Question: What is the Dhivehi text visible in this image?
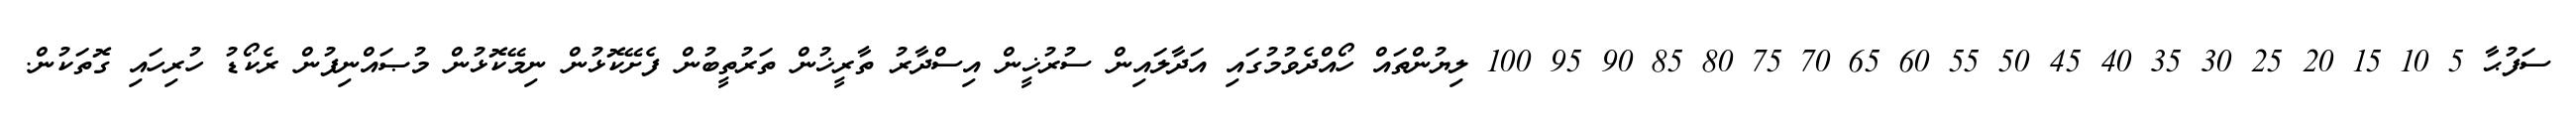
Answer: ސަފުޙާ 5 10 15 20 25 30 35 40 45 50 55 60 65 70 75 80 85 90 95 100 ލިޔުންތައް ހޯއްދެވުމުގައި އަދާލައިން ސުރުޚީން އިސްދާރު ތާރީޚުން ތަރުތީބުން ފެށޭކޮޅުން ނިމޭކޮޅުން މުޞައްނިފުން ރެކޯޑު ހުރިހައި ގޮތަކުން.